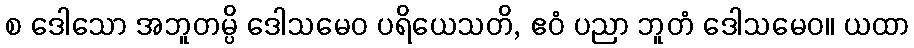
စ ဒေါသော အဘူတမ္ပိ ဒေါသမေဝ ပရိယေသတိ, ဧဝံ ပညာ ဘူတံ ဒေါသမေဝ။ ယထာ